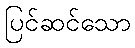
ပြင်ဆင်သော